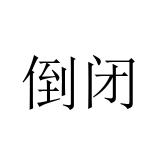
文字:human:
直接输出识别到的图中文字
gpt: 倒闭